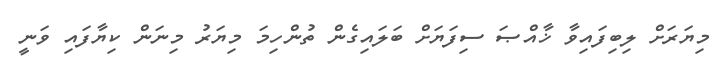
މިޔަރަށް ލިބިފައިވާ ޚާއްޞަ ސިފަޔަށް ބަލައިގެން ތުންހިމަ މިޔަރު މިނަން ކިޔާފައި ވަނީ